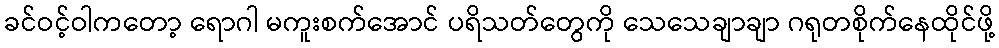
ခင်ဝင့်ဝါကတော့ ရောဂါ မကူးစက်အောင် ပရိသတ်တွေကို သေသေချာချာ ဂရုတစိုက်နေထိုင်ဖို့